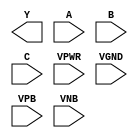
module sky130_fd_sc_hvl__nand3 (
    Y   ,
    A   ,
    B   ,
    C   ,
    VPWR,
    VGND,
    VPB ,
    VNB
);

    output Y   ;
    input  A   ;
    input  B   ;
    input  C   ;
    input  VPWR;
    input  VGND;
    input  VPB ;
    input  VNB ;
endmodule